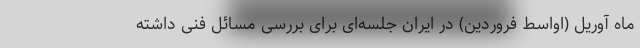
ماه آوریل (اواسط فروردین) در ایران جلسه‌ای برای بررسی مسائل فنی داشته